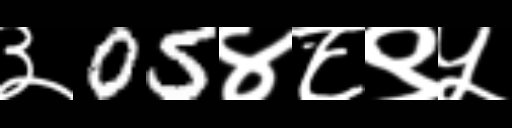
Text: ३05४८९५